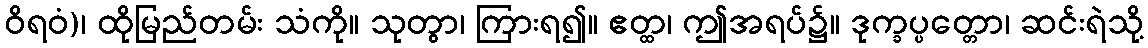
ဝိရဝံ)၊ ထိုမြည်တမ်း သံကို။ သုတွာ၊ ကြားရ၍။ ဧတ္ထ၊ ဤအရပ်၌။ ဒုက္ခပ္ပတ္တော၊ ဆင်းရဲသို့